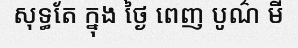
សុទ្ធតែ ក្នុង ថ្ងៃ ពេញ បូណ៌ មី